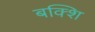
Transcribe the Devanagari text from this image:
बक्शि